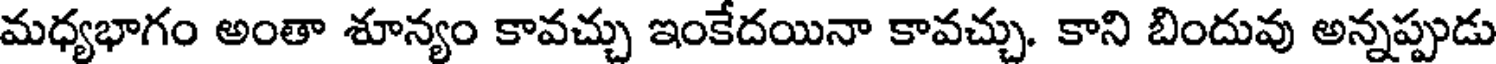
మధ్యభాగం అంతా శూన్యం కావచ్చు ఇంకేదయినా కావచ్చు. కాని బిందువు అన్నప్పుడు